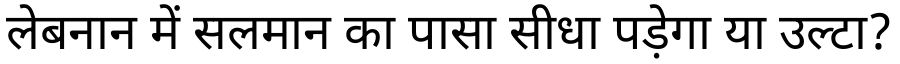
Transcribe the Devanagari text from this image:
लेबनान में सलमान का पासा सीधा पड़ेगा या उल्टा?